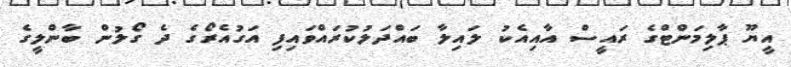
އީޔޫ ޕާލިމަންޓްގެ ރައީސް އާއިއެކު ލައިލާ ބައްދަލުކުރައްވައިފި އަގުއެރޯގެ ދެ ގޯލުން ބާންލީގެ